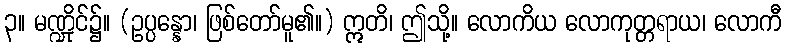
၃။ မဏ္ဍိုင်၌။ (ဥပ္ပန္နော၊ ဖြစ်တော်မူ၏။) ဣတိ၊ ဤသို့။ လောကိယ လောကုတ္တရာယ၊ လောကီ